Rangoon Lunatic Asylum 1898-1906 - 1898-1906
Year: 1898
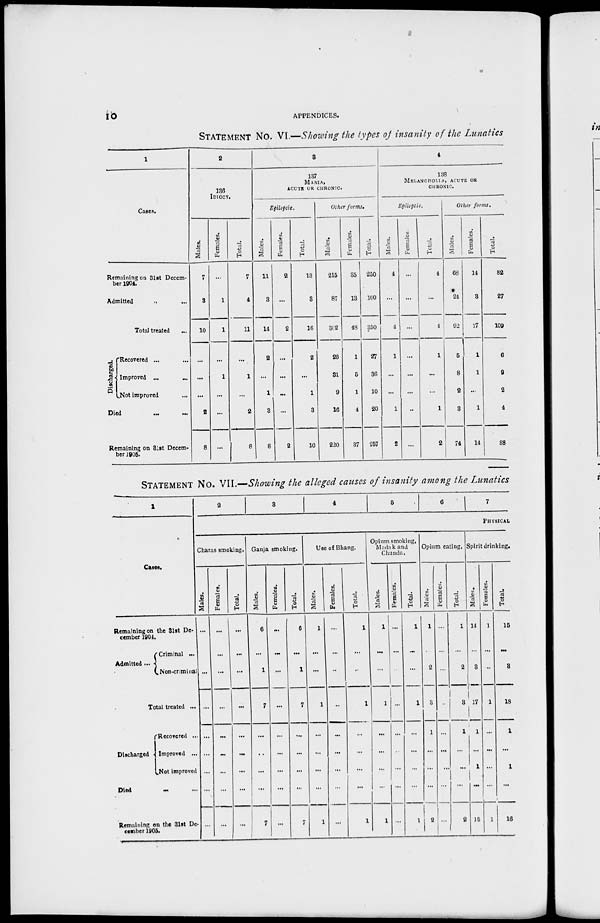
10
APPENDICES.
STATEMENT NO. VI.—Showing the types of insanity of the Lunatics
1
Cases.
Remaining on 31st Decem-
ber 1904.
Admitted ... ...
Total treated ...
Discharged.
Recovered ... ...
Improved ...
...
Not improved ...
Died ... ...
Remaining on 31st Decem-
ber 1905.
2
136
IDIOCY.
Males.
7
3
10
...
...
...
2
8
Females.
...
1
1
...
1
...
...
...
Total.
7
4
11
...
1
...
2
8
8
137
MANIA,
ACUTE OR CHRONIC.
Epileptic.
Males.
11
3
14
2
...
1
3
8
Females.
2
...
2
...
...
...
...
2
Total.
13
3
16
2
...
1
3
10
Other forms.
Males.
215
87
302
26
31
9
16
220
Females.
35
13
48
1
5
1
4
37
Total.
250
100
350
27
36
10
20
257
4
138
MELANCHOLIA, ACUTE OR
CHRONIC.
Epileptic.
Males.
4
...
1
1
...
...
1
2
Females
...
...
...
...
...
...
...
...
Total.
4
...
4
1
...
...
1
2
Other forms.
Males.
68
24
92
5
8
2
3
74
Females.
14
3
17
1
1
...
1
14
Total.
82
27
109
6
9
2
4
88
STATEMENT NO. VII.—Showing the alleged causes of insanity among the Lunatics
1
Cases.
Remaining on the 3lst De-
cember 1904.
Admitted ...
Criminal ...
Non-criminal
Total treated ...
Discharged
Recovered ...
Improved ...
Not improved
Died
...
...
Remaining on the 31st De-
cember 1905.
2
3
4
5
6
7
PHYSICAL
Charas smoking.
Males.
...
...
...
...
...
...
...
...
...
Females.
...
...
...
...
...
...
...
...
...
Total.
...
...
...
...
...
...
...
...
...
Ganja smoking.
Males.
6
...
1
7
...
...
...
...
7
Females.
...
...
...
...
...
...
...
...
...
Total.
6
...
1
7
...
...
...
...
7
Use of Bhang.
Males.
1
...
...
1
...
...
...
...
1
Females.
...
...
...
...
...
...
...
...
...
Total.
1
...
...
1
...
...
...
...
1
Opium smoking,
Madak and
Chundu.
Males.
1
...
...
1
...
...
...
...
1
Females.
...
...
...
...
...
...
...
...
...
Total.
1
...
...
1
...
...
...
...
1
Opium eating.
Males.
1
...
2
3
1
...
...
...
2
Females.
...
...
...
...
...
...
...
...
...
Total.
1
...
2
3
1
...
...
...
2
Spirit drinking.
Males.
14
...
3
17
1
...
1
...
15
Females.
1
...
...
1
...
...
...
...
1
Total.
16
...
3
18
1
...
1
...
16